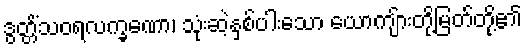
ဒွတ္တိံသဝရလက္ခဏော၊ သုံးဆဲ့နှစ်ပါးသော ယောကျ်ားတို့မြတ်တို့၏